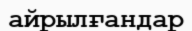
айрылғандар